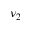
\nu _ { 2 }